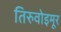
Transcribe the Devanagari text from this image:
तिरुवोइमूर